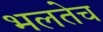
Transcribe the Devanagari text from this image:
भलतेच